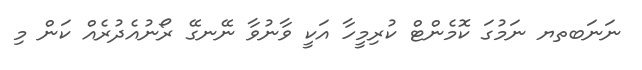
ނަނަބތޔ ނަމުގަ ކޮމެންޓް ކުރިމީހާ އަކީ ވާނުވާ ނޭނގޭ ރޯނުއެދުރެއް ކަން މި